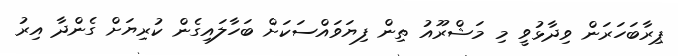
ޕިރާބަހަރަން ވިދާޅުވީ މި މަޝްރޫއު ތިން ފިޔަވައްސަކަށް ބަހާލައިގެން ކުރިޔަށް ގެންދާ އިރު